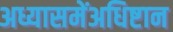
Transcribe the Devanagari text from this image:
अध्यासमेंअधिष्टान